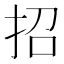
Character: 招